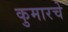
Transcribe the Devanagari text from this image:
कुमारचे